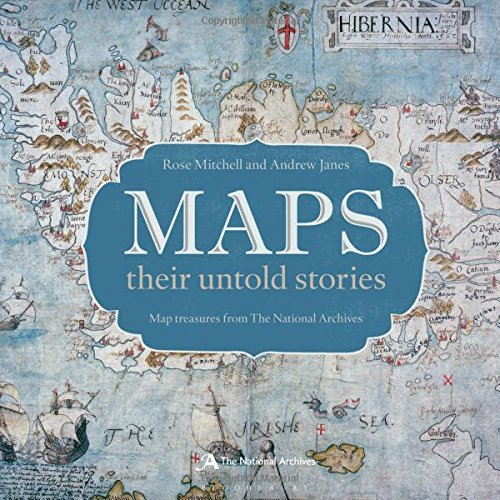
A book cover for Maps: their untold stories; Rose Mitchell; Science & Math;